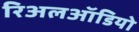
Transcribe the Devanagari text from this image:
रिअलऑडियो